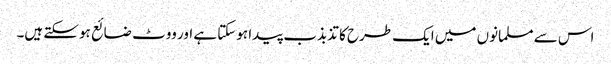
اس سے مسلمانوں میں ایک طرح کا تذبذب پیدا ہوسکتا ہے اور ووٹ ضائع ہوسکتے ہیں۔